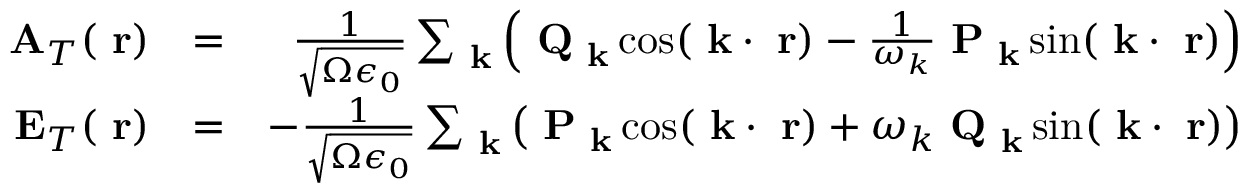
\begin{array} { r l r } { \mathrm { \bf ~ A } _ { T } ( \mathrm { \bf ~ r } ) } & { = } & { \frac { 1 } { \sqrt { \Omega \epsilon _ { 0 } } } \sum _ { \mathrm { \bf ~ k } } \left( \mathrm { \bf ~ Q } _ { \mathrm { \bf ~ k } } \cos ( \mathrm { \bf ~ k } \cdot \mathrm { \bf ~ r } ) - \frac { 1 } { \omega _ { k } } \mathrm { \bf ~ P } _ { \mathrm { \bf ~ k } } \sin ( \mathrm { \bf ~ k } \cdot \mathrm { \bf ~ r } ) \right) } \\ { \mathrm { \bf ~ E } _ { T } ( \mathrm { \bf ~ r } ) } & { = } & { - \frac { 1 } { \sqrt { \Omega \epsilon _ { 0 } } } \sum _ { \mathrm { \bf ~ k } } \left( \mathrm { \bf ~ P } _ { \mathrm { \bf ~ k } } \cos ( \mathrm { \bf ~ k } \cdot \mathrm { \bf ~ r } ) + \omega _ { k } \mathrm { \bf ~ Q } _ { \mathrm { \bf ~ k } } \sin ( \mathrm { \bf ~ k } \cdot \mathrm { \bf ~ r } ) \right) } \end{array}